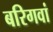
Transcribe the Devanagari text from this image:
बरिगवां